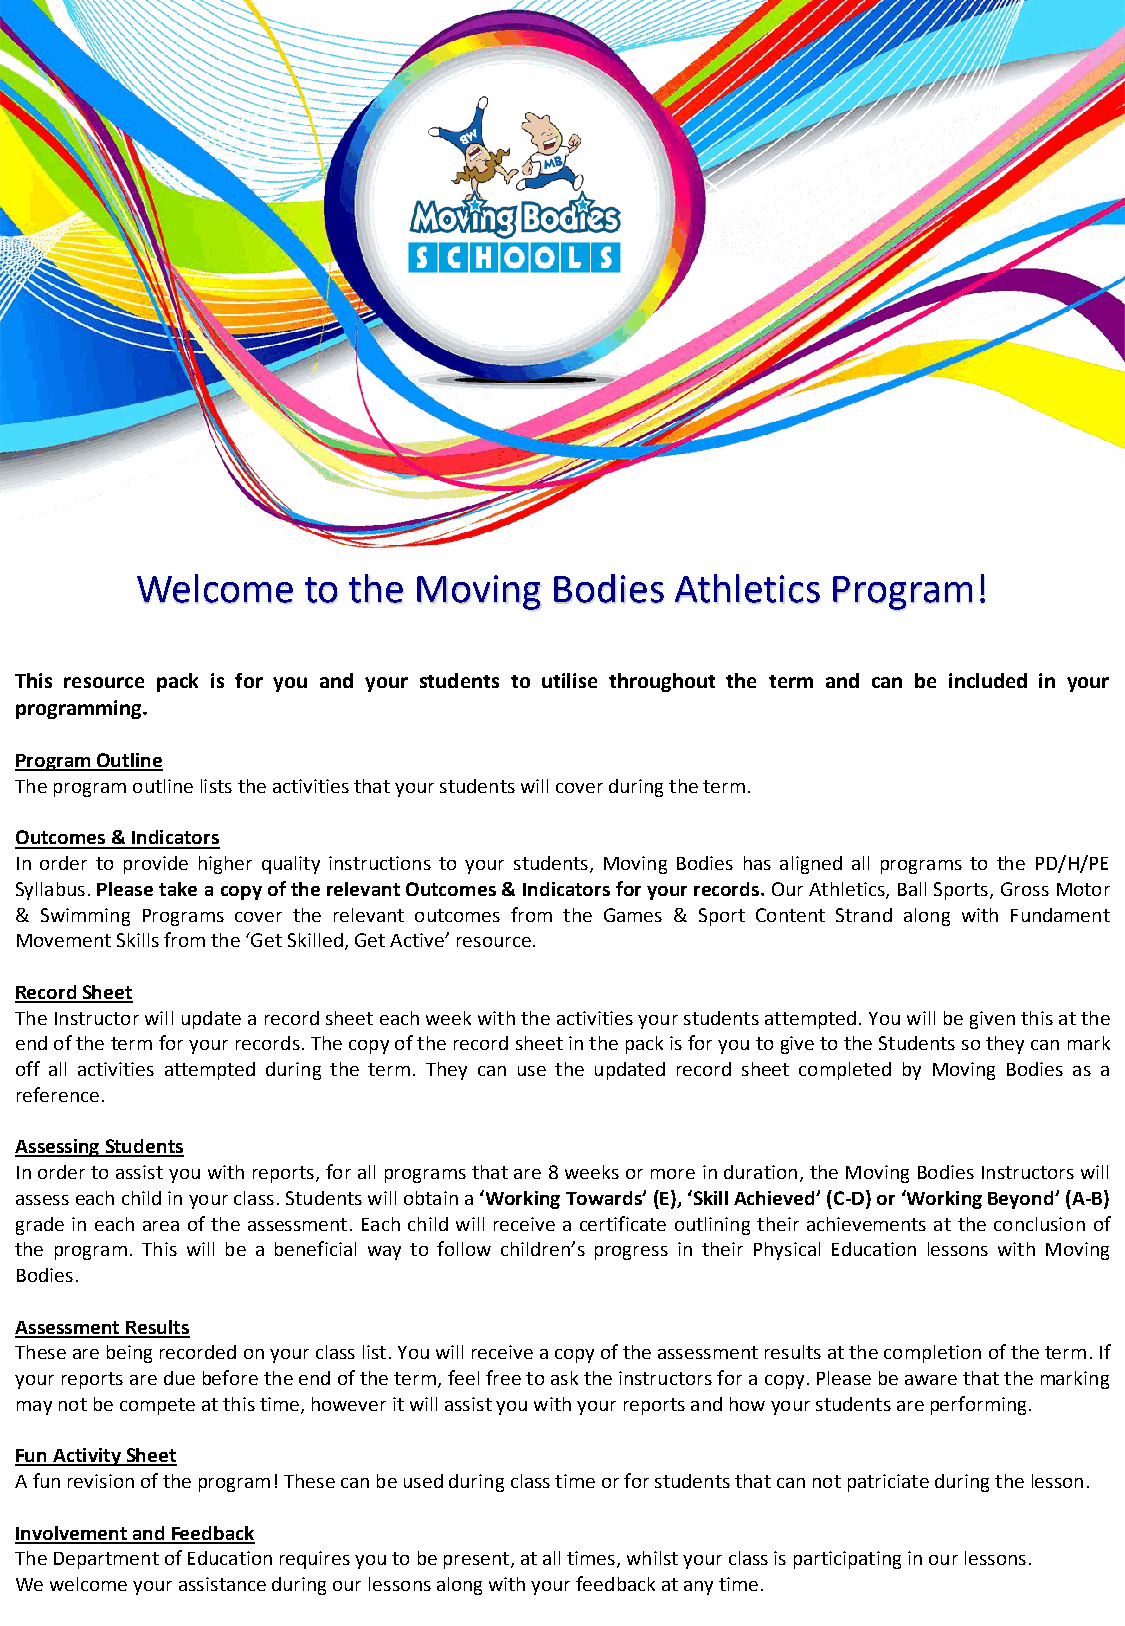
Welcome    to the  Moving   Bodies  Athletics Program!
 This resource pack is for you and your students to utilise throughout the term and can be included in your
 programming.
 ProgramOutline
 Theprogramoutlineliststheactivitiesthatyourstudentswillcoverduringtheterm.
 Outcomes&Indicators
 In order to provide higher quality instructions to your students, Moving Bodies has aligned all programs to the PD/H/PE
 Syllabus.PleasetakeacopyoftherelevantOutcomes&Indicatorsforyourrecords.OurAthletics,BallSports,GrossMotor
 & Swimming Programs cover the relevant outcomes from the Games & Sport Content Strand along with Fundament
 MovementSkillsfromthe‘GetSkilled,GetActive’resource.
 RecordSheet
 TheInstructorwillupdatearecordsheeteachweekwiththeactivitiesyourstudentsattempted.Youwillbegiventhisatthe
 endofthetermforyourrecords.ThecopyoftherecordsheetinthepackisforyoutogivetotheStudentssotheycanmark
 off all activities attempted during the term. They can use the updated record sheet completed by Moving Bodies as a
 reference.
 AssessingStudents
 Inordertoassistyouwithreports,forallprogramsthatare8weeksormoreinduration,theMovingBodiesInstructorswill
 assesseachchildinyourclass.Studentswillobtaina‘WorkingTowards’(E),‘SkillAchieved’(C-D)or‘WorkingBeyond’(A-B)
 grade in each area of the assessment. Each child will receive a certificate outlining their achievements at the conclusion of
 the program. This will be a beneficial way to follow children’s progress in their Physical Education lessons with Moving
 Bodies.
 AssessmentResults
 Thesearebeingrecordedonyourclasslist.Youwillreceiveacopyoftheassessmentresultsatthecompletionoftheterm.If
 yourreportsareduebeforetheendoftheterm,feelfreetoasktheinstructorsforacopy.Pleasebeawarethatthemarking
 maynotbecompeteatthistime,howeveritwillassistyouwithyourreportsandhowyourstudentsareperforming.
 FunActivitySheet
 Afunrevisionoftheprogram!Thesecanbeusedduringclasstimeorforstudentsthatcannotpatriciateduringthelesson.
 InvolvementandFeedback
 TheDepartmentofEducationrequiresyoutobepresent,atalltimes,whilstyourclassisparticipatinginourlessons.
 We welcome your assistance during our lessons along with your feedback at any time.